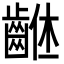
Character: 𪘠